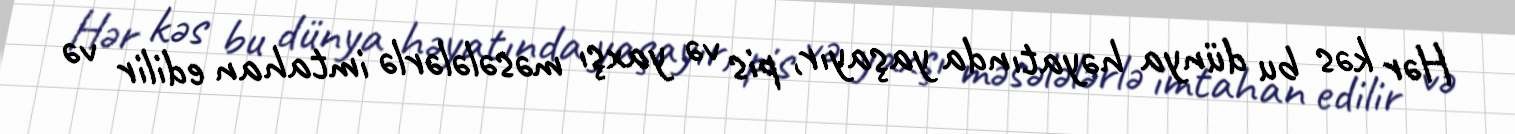
Hər kəs bu dünya həyatında yaşayır, pis və yaxşı məsələlərlə imtahan edilir və